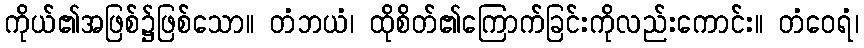
ကိုယ်၏အဖြစ်၌ဖြစ်သော။ တံဘယံ၊ ထိုစိတ်၏ကြောက်ခြင်းကိုလည်းကောင်း။ တံဝေရံ၊